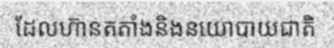
ដែលហ៊ានតតាំងនិងនយោបាយជាតិ